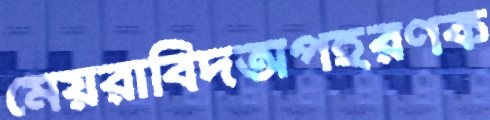
মেয়রাবিদঅপহরণক